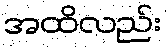
အထိလည်း